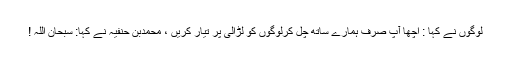
لوگوں نے کہا : اچھا آپ صرف ہمارے ساتھ چل کرلوگوں کو لڑالی پر تیار کریں ، محمدبن حنفیہ نے کہا: سبحان اللہ !